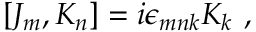
[ J _ { m } , K _ { n } ] = i \epsilon _ { m n k } K _ { k } ~ ,